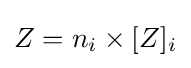
Z=n_{i}\times [Z]_{i}